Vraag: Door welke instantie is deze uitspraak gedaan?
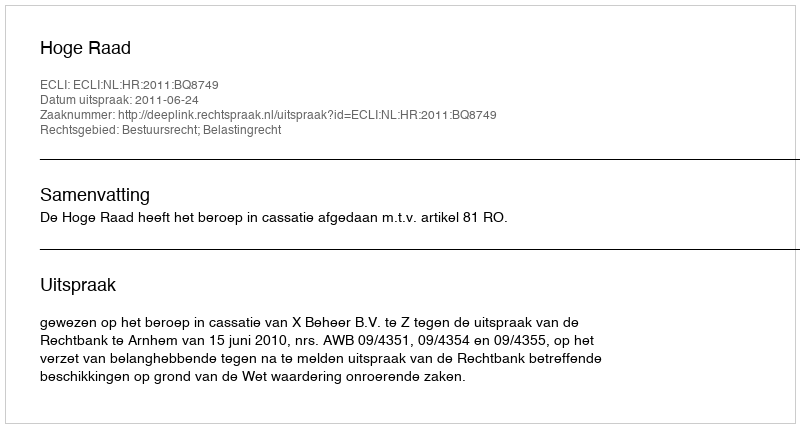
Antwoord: Hoge Raad